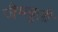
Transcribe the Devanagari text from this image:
जैमबूज़ी